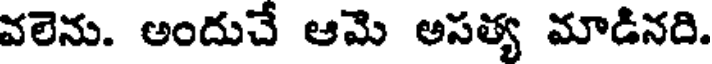
వలెను. అందుచే ఆమె అసత్య మాడినది.